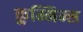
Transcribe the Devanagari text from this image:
कुम्मिन्स